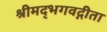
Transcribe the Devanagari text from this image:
श्रीमद्‌भगवद्गीता